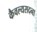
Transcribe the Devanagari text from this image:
कैवल्यसदना